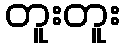
တူးတူး